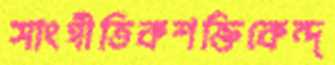
সাংগীতিকশক্তিকেন্দ্